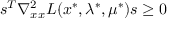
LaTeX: s ^ { T } \nabla _ { x x } ^ { 2 } L ( x ^ { * } , \lambda ^ { * } , \mu ^ { * } ) s \geq 0